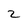
Character: 2